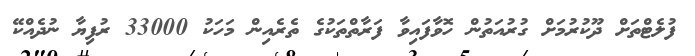
ފުލެޓްތަށް ދޫކުރުމަށް ގުރުއަތުން ހޮވާފައިވާ ފަރާތްތަކުގެ ތެރެއިން މަހަކު 33000 ރުފިޔާ ނުދެއްކޭ